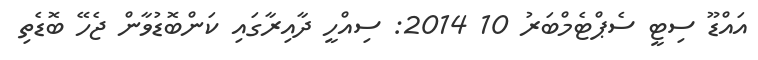
އައްޑޫ ސިޓީ ސެޕްޓެމްބަރު 10 2014: ސިއްހީ ދާއިރާގައި ކަންބޮޑުވާން ޖެހޭ ބޮޑެތި